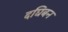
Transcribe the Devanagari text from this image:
दघिबन